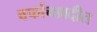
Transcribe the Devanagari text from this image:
बर्फाच्छादीत